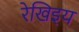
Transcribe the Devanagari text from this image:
रेखिइय